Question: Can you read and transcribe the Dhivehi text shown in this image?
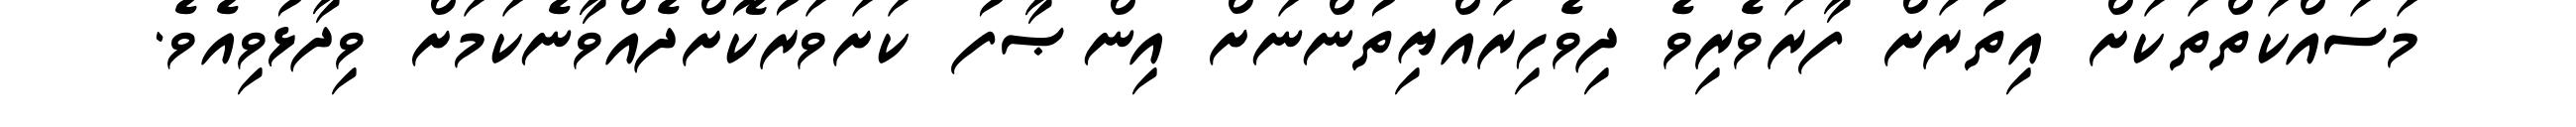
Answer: މަސައްކަތްތަކަށް އިތުރަށް ފާރަވެރިވެ ދިވެހިރައްޔިތުންނަށް އިންޞާފު ކަށަވަރުކޮށްދެއްވާނެކަމަށް ވިދާޅުވިއެވެ.